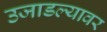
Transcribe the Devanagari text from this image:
उजाडल्यावर